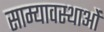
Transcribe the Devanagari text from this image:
साम्यावस्थाओं